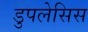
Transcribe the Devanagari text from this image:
डुपलेसिस